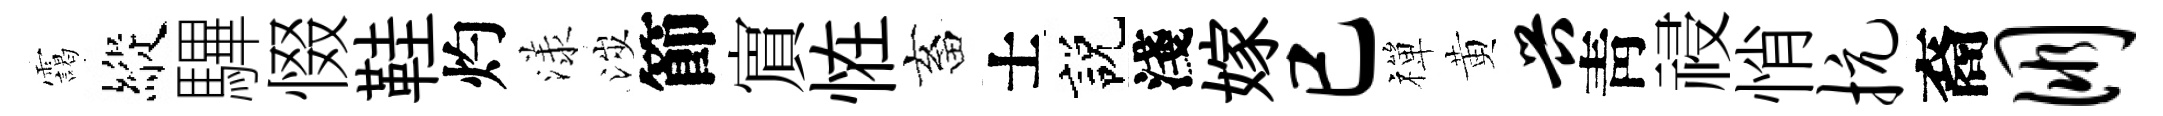
靄縱驆惙鞋灼漾涉節賔恠畜士説淺嫁已禪黄兴靑祲悄抗裔朋